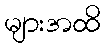
များအထိ